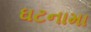
ઘટનામા